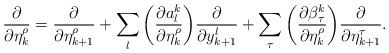
LaTeX: \begin{align*}\frac {\partial} {\partial \eta^\rho_k} = \frac {\partial} {\partial \eta^\rho_{k+1}} + \sum_l \bigg(\frac {\partial a^k_l} {\partial \eta^\rho_k} \bigg) \frac {\partial} {\partial y^l_{k+1}} + \sum_\tau \bigg(\frac {\partial \beta^k_\tau} {\partial \eta^\rho_k} \bigg) \frac {\partial} {\partial \eta^\tau_{k+1}}.\end{align*}